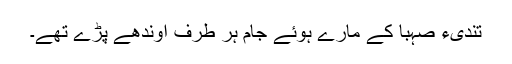
تُندیء صہبا کے مارے ہوئے جام ہر طرف اوندھے پڑے تھے۔